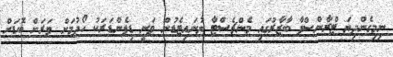
ނިމިގެންދިޔަ ޓްރާންސްފާ ބާޒާރުގައި މެންޗެސްޓާ ޔުނައިޓެޑުން ވަނީ ޑިފެންޑަރަކު ހޯދުމަށް ވަރަށް ބޮޑަށް